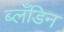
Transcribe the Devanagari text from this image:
ब्लँडिन